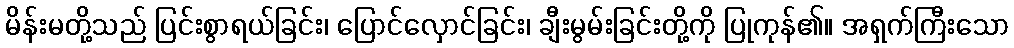
မိန်းမတို့သည် ပြင်းစွာရယ်ခြင်း၊ ပြောင်လှောင်ခြင်း၊ ချီးမွမ်းခြင်းတို့ကို ပြုကုန်၏။ အရှက်ကြီးသော